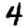
Digit: 4